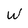
Character: W